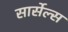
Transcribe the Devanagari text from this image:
सार्सेल्स